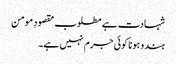
شہادت ہے مطلوب مقصودِ مومن
ہندو ہونا کوئی جرم نہیں ہے۔